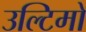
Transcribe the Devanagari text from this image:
उल्टिमो